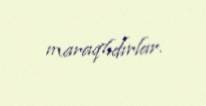
maraqlıdırlar.